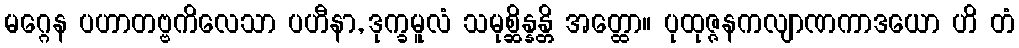
မဂ္ဂေန ပဟာတဗ္ဗကိလေသာ ပဟီနာ, ဒုက္ခမူလံ သမုစ္ဆိန္နန္တိ အတ္ထော။ ပုထုဇ္ဇနကလျာဏကာဒယော ဟိ တံ